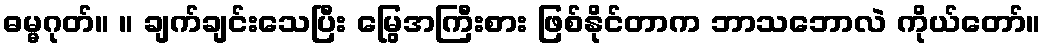
ဓမ္မဂုတ်။ ။ ချက်ချင်းသေပြီး မြွေအကြီးစား ဖြစ်နိုင်တာက ဘာသဘောလဲ ကိုယ်တော်။